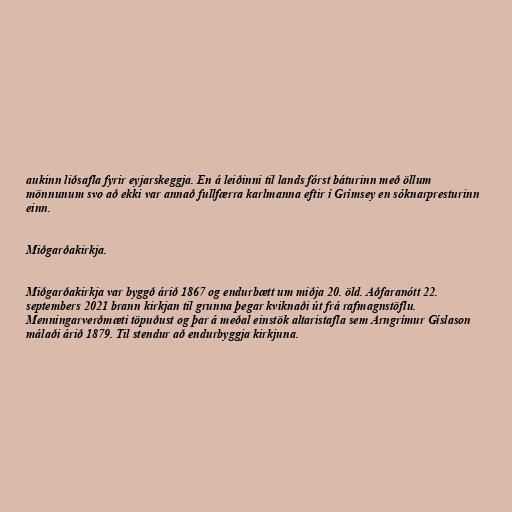
aukinn liðsafla fyrir eyjarskeggja. En á leiðinni til lands fórst báturinn með öllum
mönnunum svo að ekki var annað fullfærra karlmanna eftir í Grímsey en sóknarpresturinn
einn.

Miðgarðakirkja.

Miðgarðakirkja var byggð árið 1867 og endurbætt um miðja 20. öld. Aðfaranótt 22.
septembers 2021 brann kirkjan til grunna þegar kviknaði út frá rafmagnstöflu.
Menningarverðmæti töpuðust og þar á meðal einstök altaristafla sem Arngrímur Gíslason
málaði árið 1879. Til stendur að endurbyggja kirkjuna.